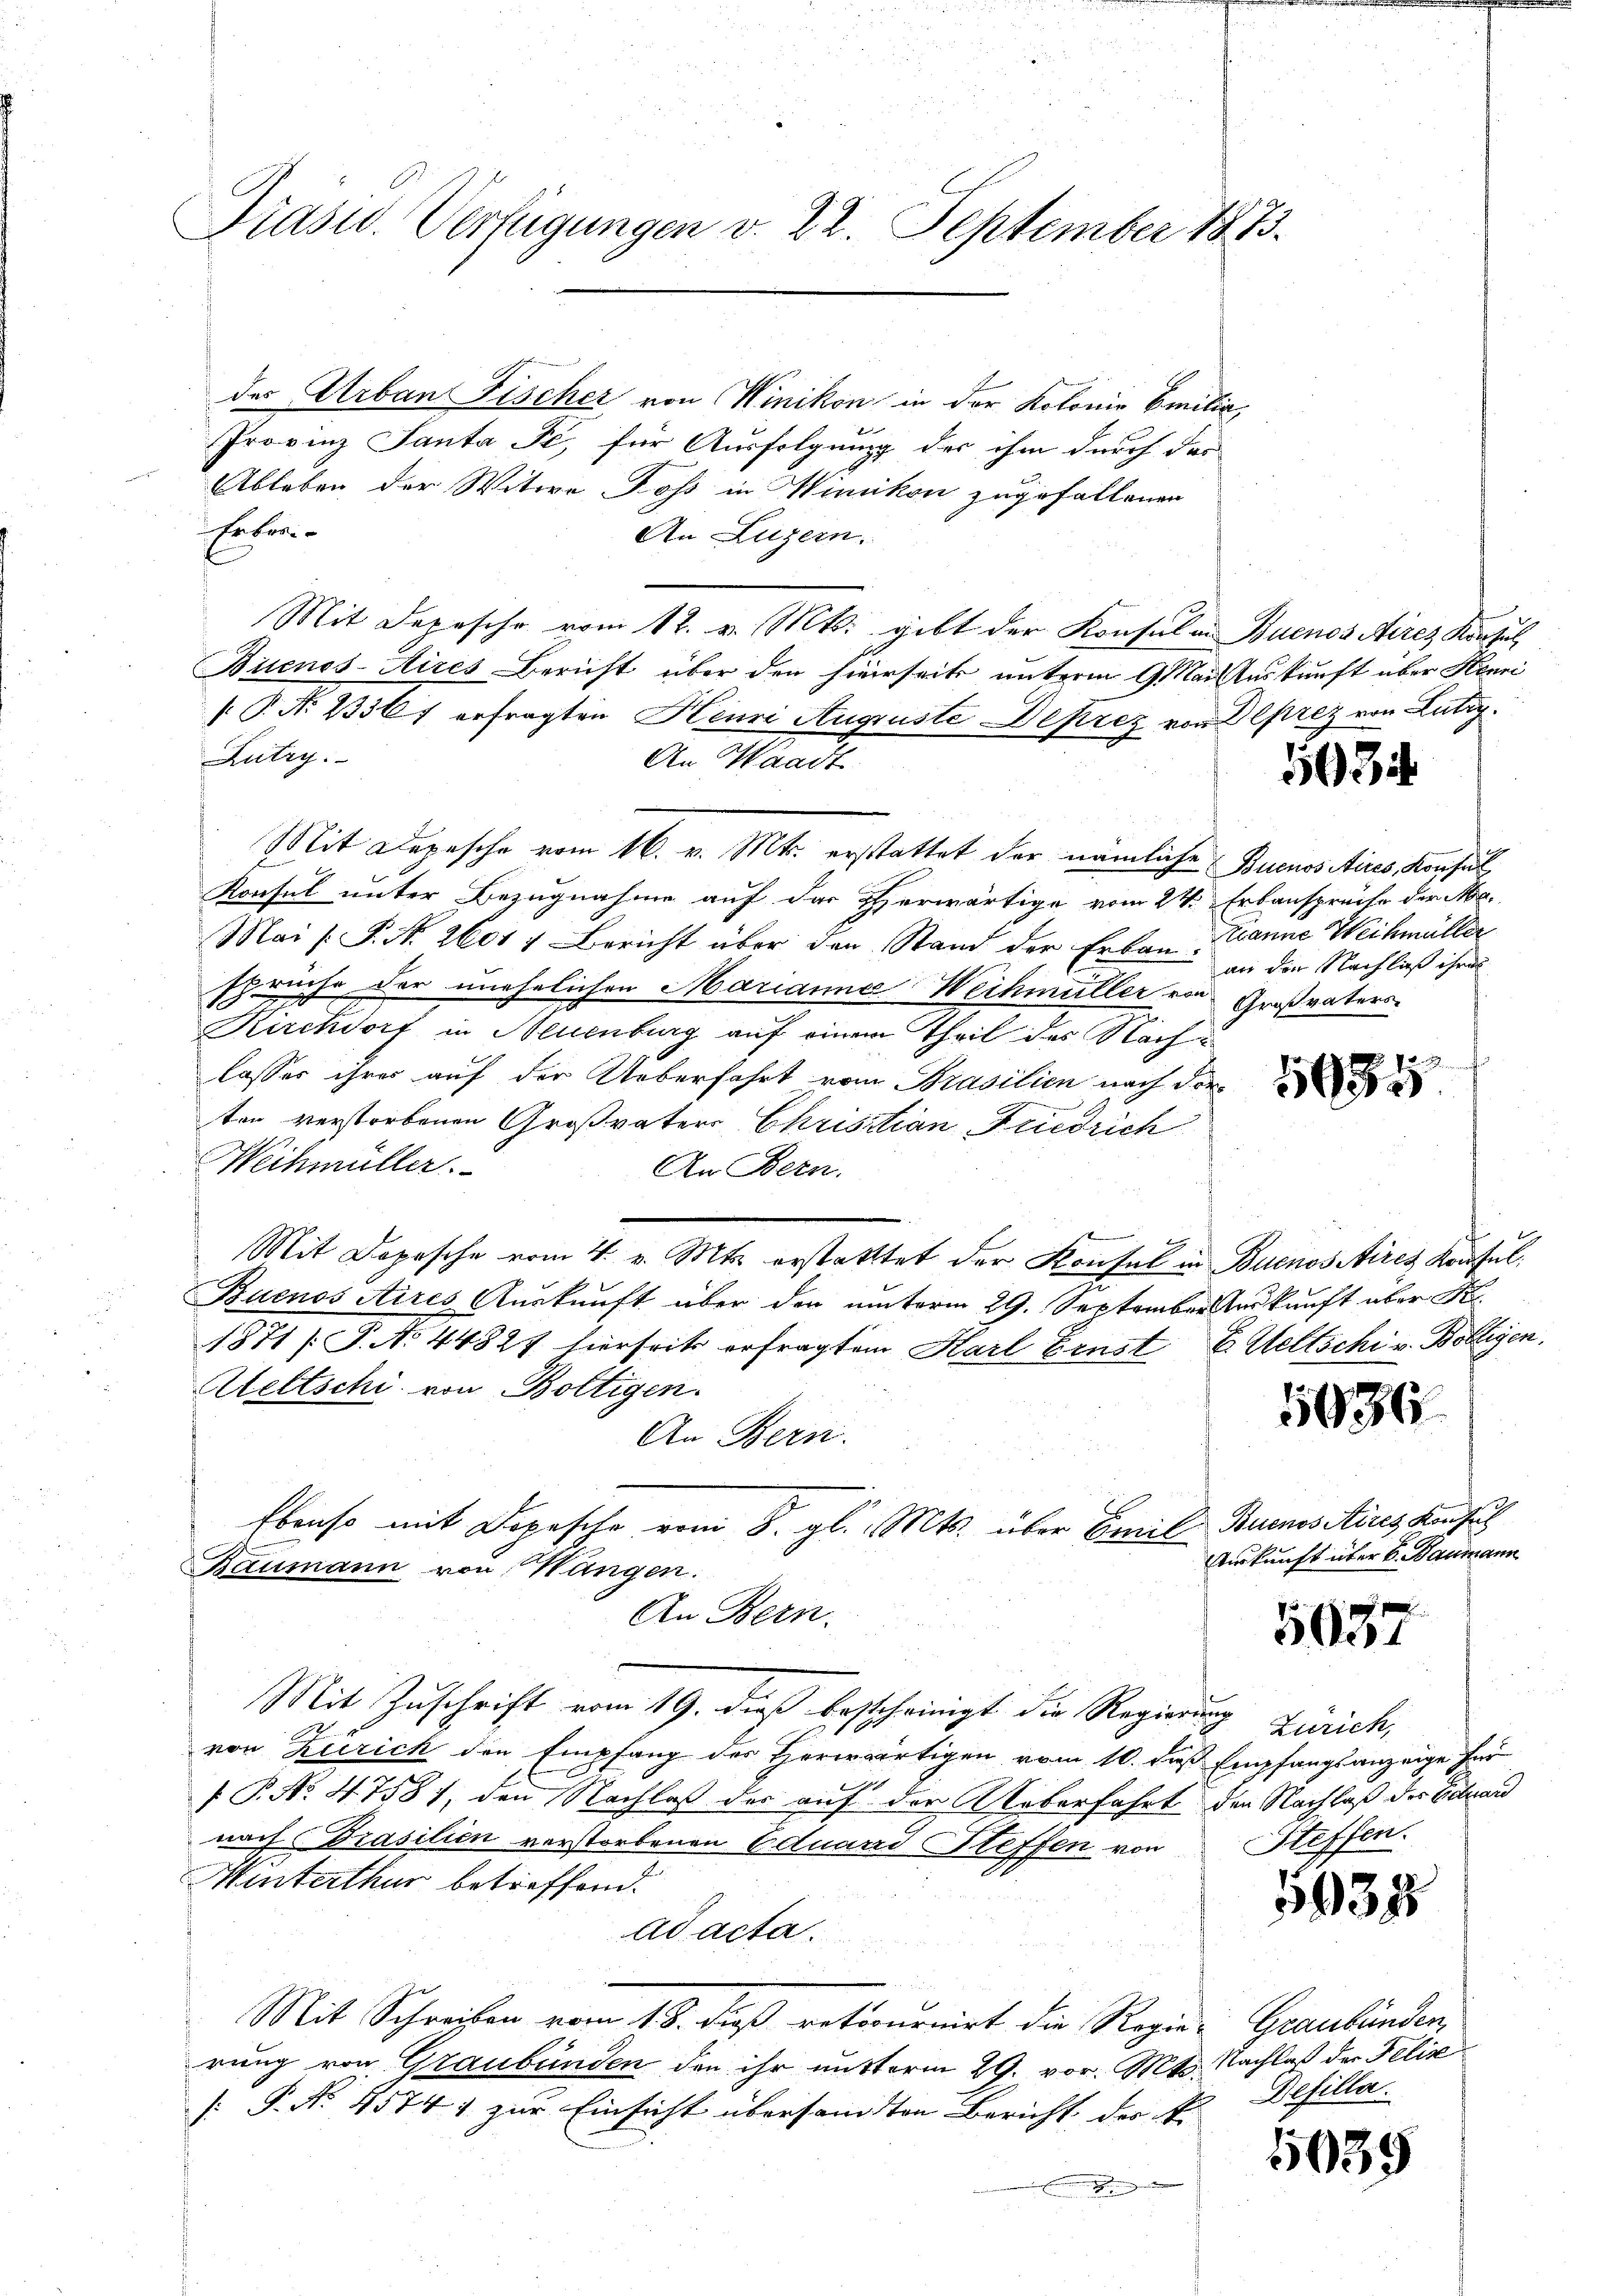
Präsid. Verfügungen v. 22. September 1873.

des Urban Fischer von Winikon in der Kolonie Emilia
Provinz Santa Je, für Ausfolgung der ihm durch das
Ableben der Witwe Poss in Winikon zugefallenen
Erben
An Luzern.
Mit Depesche vom 12. v. Mts. gibt der Konsul an Buenos Aires Konsul
Buenos-Aires Bericht über den hierseits unterm 9 Mai Auskunft über Henni
 P. No 1336 f erfragten Henri Auguste Deprez von Deprez von Lutz
Lutry.
An Waadt.
Mit Depesche vom 16. v. Mts. erstattet der nämliche Buenos Aires, Konsul
Konsul unter Bezugnahme auf der Herwärtige vom 24. Erbansprüche der Me
Mai [P. Nr. 2601, Bericht über den Stand der Erbau Manne Weihmüller
1
ruche der unehelichen Marianna Weihmüller von Großvaters
sch
Kirchdorf in Neuenburg auf einem Theil des Nachlassen ihrer auf der Ueberfahrt vom Brasilien nach der
ten verstorbenen Großvaters Christian Friedrich
Weihmüller.
An Bern.
Buenos Aires Auskunft über den unterm 29. September Auskunft über S
1871 /: P. No 44827 hierseits erfragtem Harl Ernst E. Weltschi v. Bolligen,
Aeltschi von Boltigen.
An Bern.
Ebenso mit Depesche vom 8. gl. Mts. über Emil Buenositives Konsul
Baumann von Mängen.
An Bern.
Mit Zuschrift vom 19. dieß bescheinigt die Regierung Zürich,
von Zürich den Empfang des Herwärtigen vom 10. daß Empfangsanzeige fer
 P. No. 4. 758, den Nachlaß des auf der Ueberfahrt den Nachlaß der Eduard
nach Prasilien verstorbenen Eduarre Steffen von
Minterthur betreffend.
ad acta.
Mit Schreiben vom 18. dieß retournirt die Regier-Graubünden
rung von Graubünden den ihr mutterm 29. vor. Mts. Nachlaß der Felix
[: P. No. 45741 zur Einsicht übersandten Bericht der V. Defilla

Mit Dopesche vom 4. v. Mts. erstatttet der Konsul in Buenos Aires Konsul

593

an der Nachlaß ihres

K

5936.

Auskunft über 6. Baumann

5037

Steffen.

5937

5639